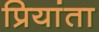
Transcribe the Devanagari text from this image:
प्रियांता